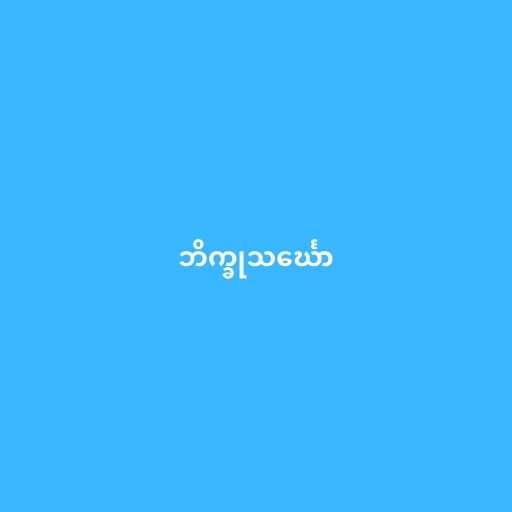
ဘိက္ခုသင်္ဃော